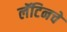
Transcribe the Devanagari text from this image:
लॅटिनचे